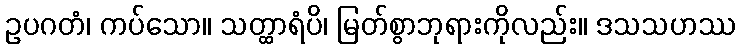
ဥပဂတံ၊ ကပ်သော။ သတ္ထာရံပိ၊ မြတ်စွာဘုရားကိုလည်း။ ဒသသဟဿ